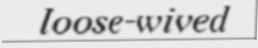
loose-wived